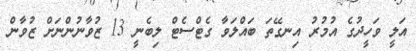
އަލީ ވަހީދުގެ އުމުރު އިނގޭތަ ބައްލަވާ ގެޓްސެޓް ލިބެނީ 13 ޒުވާނުންނަށް ޒުވާން